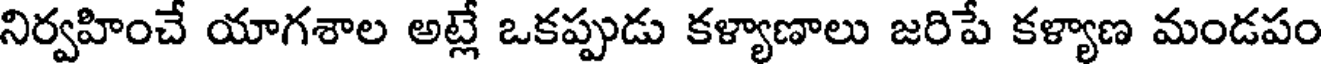
నిర్వహించే యాగశాల అట్లే ఒకప్పుడు కళ్యాణాలు జరిపే కళ్యాణ మండపం